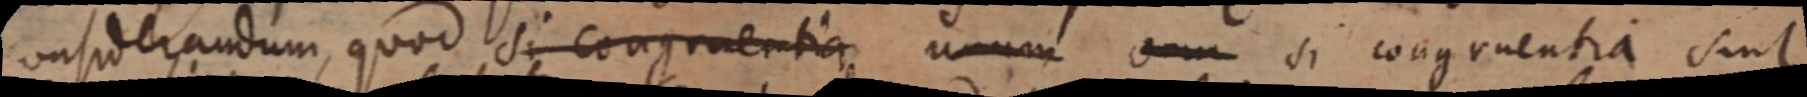
considerandum, quod si congruentia unum omn si congruentia sint